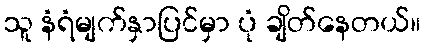
သူ နံရံမျက်နှာပြင်မှာ ပုံ ချိတ်နေတယ်။